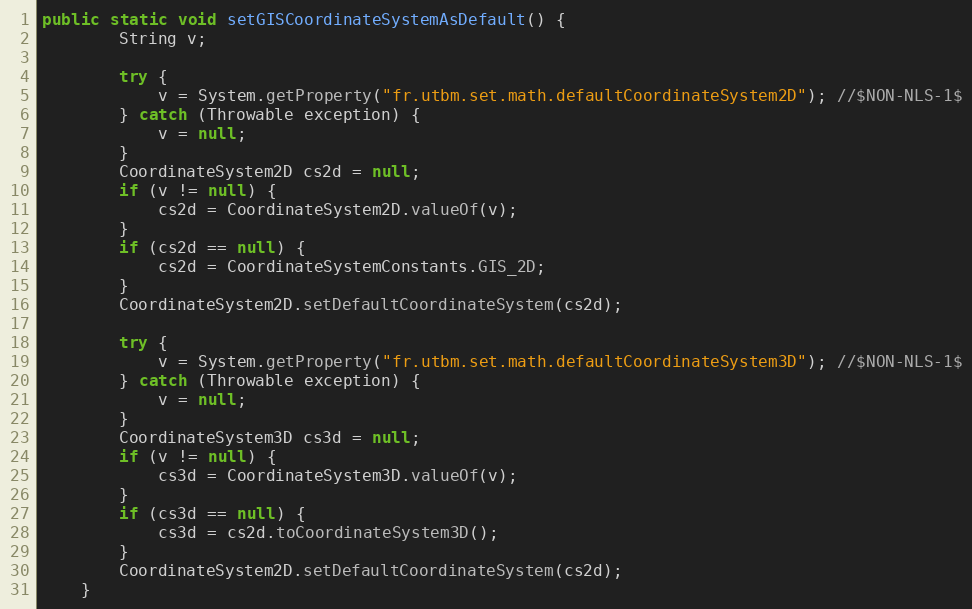
Language: Java
public static void setGISCoordinateSystemAsDefault() {
		String v;

		try {
			v = System.getProperty("fr.utbm.set.math.defaultCoordinateSystem2D"); //$NON-NLS-1$
		} catch (Throwable exception) {
			v = null;
		}
		CoordinateSystem2D cs2d = null;
		if (v != null) {
			cs2d = CoordinateSystem2D.valueOf(v);
		}
		if (cs2d == null) {
			cs2d = CoordinateSystemConstants.GIS_2D;
		}
		CoordinateSystem2D.setDefaultCoordinateSystem(cs2d);

		try {
			v = System.getProperty("fr.utbm.set.math.defaultCoordinateSystem3D"); //$NON-NLS-1$
		} catch (Throwable exception) {
			v = null;
		}
		CoordinateSystem3D cs3d = null;
		if (v != null) {
			cs3d = CoordinateSystem3D.valueOf(v);
		}
		if (cs3d == null) {
			cs3d = cs2d.toCoordinateSystem3D();
		}
		CoordinateSystem2D.setDefaultCoordinateSystem(cs2d);
	}